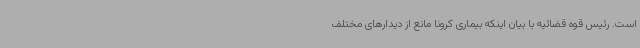
است. رئیس قوه قضائیه با بیان اینکه بیماری کرونا مانع از دیدارهای مختلف